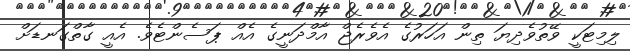
ލިމިޓަކީ ވޭތުވެދިޔަ ތިން އަހަރުގެ އެވެރެޖް އާމްދަނީގެ އެއް ޕަސެންޓެވެ. އެއީ ގާތްގަނޑަށް